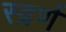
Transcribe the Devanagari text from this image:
स्व्रर्ण